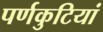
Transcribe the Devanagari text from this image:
पर्णकुटियां